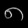
Digit: ၈